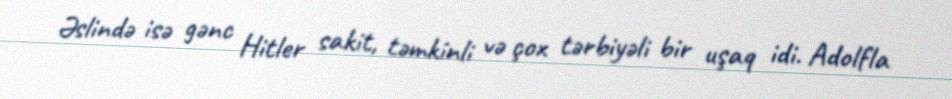
Əslində isə gənc Hitler sakit, təmkinli və çox tərbiyəli bir uşaq idi. Adolfla